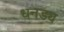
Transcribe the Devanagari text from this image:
धनड्य